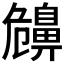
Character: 𪖤